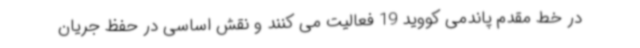
در خط مقدم پاندمی کووید 19 فعالیت می کنند و نقش اساسی در حفظ جریان